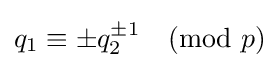
q_{1}\equiv \pm q_{2}^{\pm 1}{\pmod {p}}